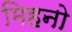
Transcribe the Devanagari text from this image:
मिहनो